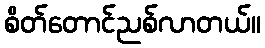
စိတ်တောင်ညစ်လာတယ်။